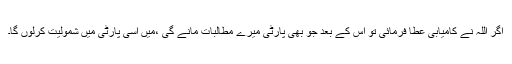
اگر اللہ نے کامیابی عطا فرمائی تو اس کے بعد جو بھی پارٹی میرے مطالبات مانے گی ،میں اسی پارٹی میں شمولیت کرلوں گا۔